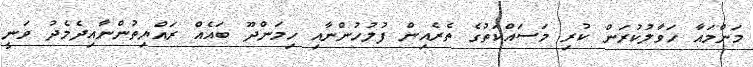
މަންމައާ ހަވާލުކުރަން ކުރި މަސައްކަތުގެ ތެރެއިން ފުލުހުންނާއި ހިމަންދޫ ބައެއް ރައްޔިތުންނާއިދެމެދު ވަނީ